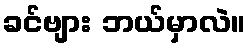
ခင်ဗျား ဘယ်မှာလဲ။